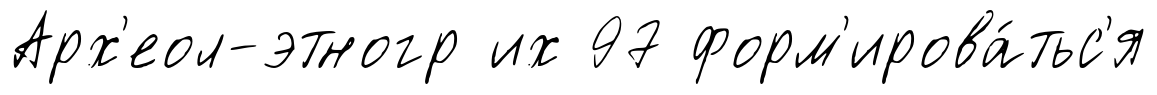
Арх'еол-этногр их 97 форм'ирова́тьс'я